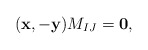
\begin{align*} (\mathbf{x},-\mathbf{y})M_{IJ}={\bf 0}, \end{align*}